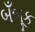
બઁબૂક